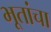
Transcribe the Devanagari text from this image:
भूतांचा